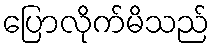
ပြောလိုက်မိသည်